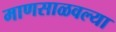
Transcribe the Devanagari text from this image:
माणसाळवल्या